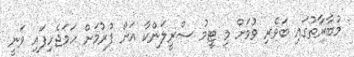
މުބާރާތުގައި ބަވެރި ވުމަށް މި ޓީމު ސްރީލަންކާ އަށް ފުރުމަށް ހަމަޖެހިފައި ވަނީ